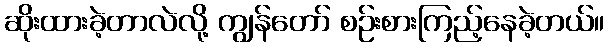
ဆိုးထားခဲ့တာလဲလို့ ကျွန်တော် စဉ်းစားကြည့်နေခဲ့တယ်။